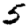
Digit: 5